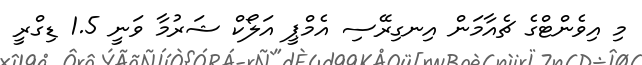
މި އިވެންޓްގެ ޗެއާމަން އިނގިރޭސި އެމްޕީ އަލޯކް ޝަރުމާ ވަނީ 1.5 ޑިގްރީ